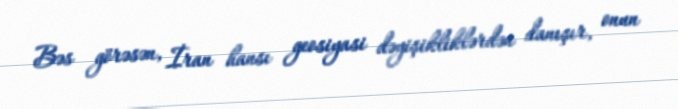
Bəs görəsən, İran hansı geosiyasi dəyişikliklərdən danışır, onun